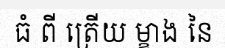
ធំ ពី ត្រើយ ម្ខាង នៃ